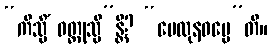
“ကိသ္မိံ ဝတ္ထုသ္မိ”န္တိ? “မေထုနဓမ္မေ”တိ။